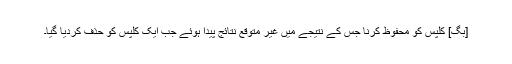
[بگ] کلپس کو محفوظ کرنا جس کے نتیجے میں غیر متوقع نتائج پیدا ہوئے جب ایک کلپس کو حذف کردیا گیا۔